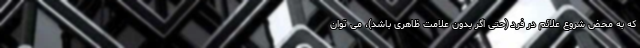
که به محض شروع علائم در فرد (حتی اگر بدون علامت ظاهری باشد)، می توان